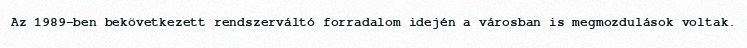
Az 1989-ben bekövetkezett rendszerváltó forradalom idején a városban is megmozdulások voltak.